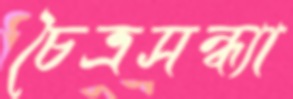
চৈত্রসন্ধ্যা